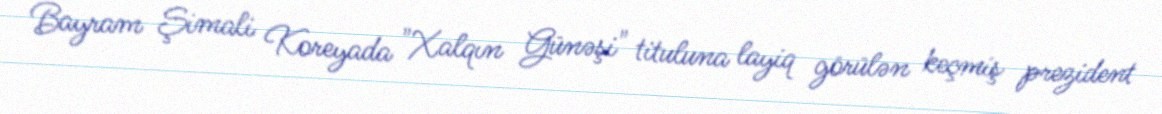
Bayram Şimali Koreyada "Xalqın Günəşi" tituluna layiq görülən keçmiş prezident